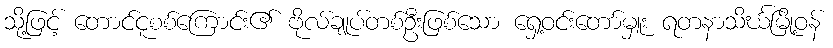
သို့ဖြင့် တောင်ငူစစ်ကြောင်း၏ ဗိုလ်ချုပ်တစ်ဦးဖြစ်သော ရှေ့ဝင်းတော်မှူး ရတနာသိင်္ဃမြို့ဝန်